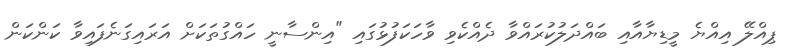
ޕިއްލޭ އިއްޔެ މީޑިޔާއާއި ބައްދަލުކުރައްވާ ދެއްކެވި ވާހަކަފުޅުގައި "އިންސާނީ ހައްގުތަކަށް އަރައިގަނެފައިވާ ކަންކަން